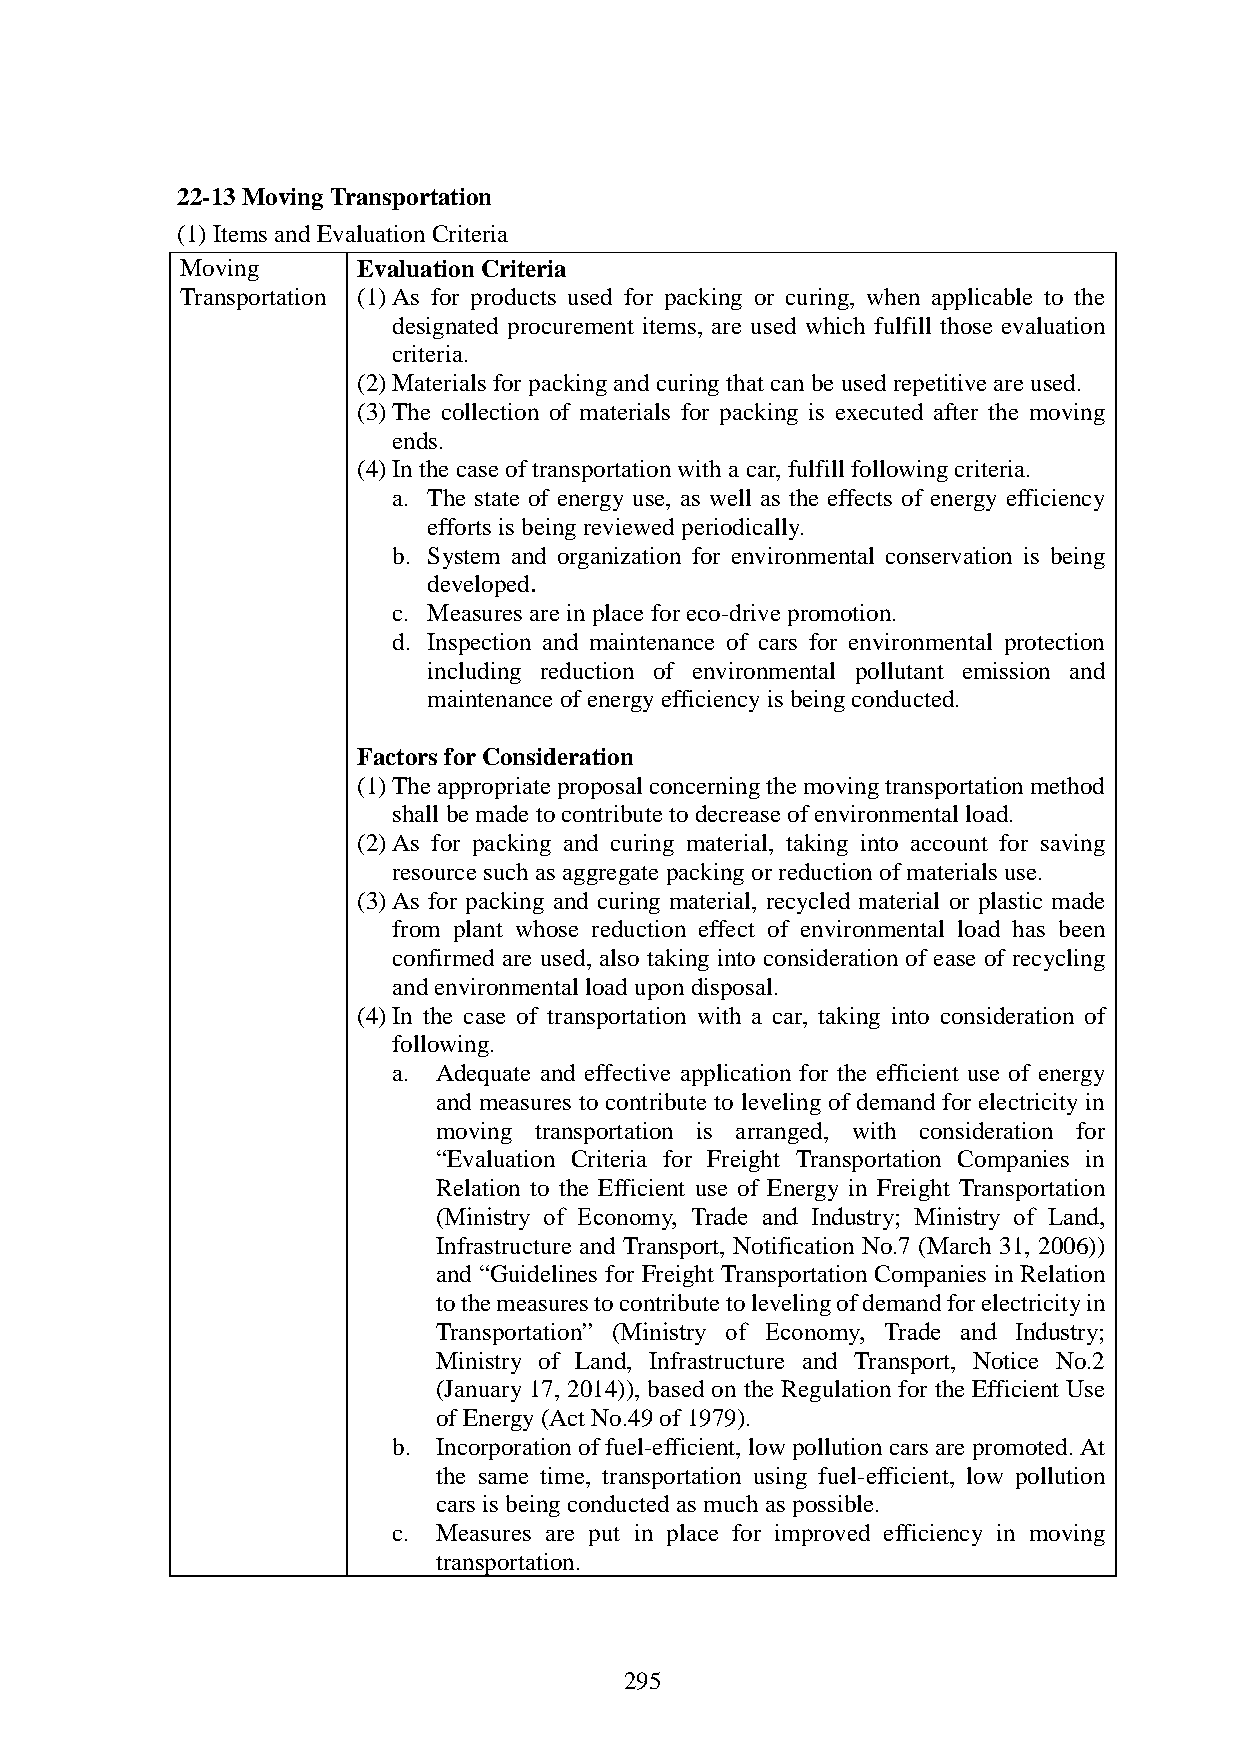
22-13 Moving Transportation
 (1) Items and Evaluation Criteria
 Moving      Evaluation Criteria
 Transportation (1) As for products used for packing or curing, when applicable to the
 designated procurement items, are used which fulfill those evaluation
 criteria.
 (2) Materials for packing and curing that can be used repetitive are used.
 (3) The collection of materials for packing is executed after the moving
 ends.
 (4) In the case of transportation with a car, fulfill following criteria.
 a. The state of energy use, as well as the effects of energy efficiency
 efforts is being reviewed periodically.
 b. System and organization for environmental conservation is being
 developed.
 c. Measures are in place for eco-drive promotion.
 d. Inspection and maintenance of cars for environmental protection
 including reduction of environmental pollutant emission and
 maintenance of energy efficiency is being conducted.
 Factors for Consideration
 (1) The appropriate proposal concerning the moving transportation method
 shall be made to contribute to decrease of environmental load.
 (2) As for packing and curing material, taking into account for saving
 resource such as aggregate packing or reduction of materials use.
 (3) As for packing and curing material, recycled material or plastic made
 from plant whose reduction effect of environmental load has been
 confirmed are used, also taking into consideration of ease of recycling
 and environmental load upon disposal.
 (4) In the case of transportation with a car, taking into consideration of
 following.
 a. Adequate and effective application for the efficient use of energy
 and measures to contribute to leveling of demand for electricity in
 moving transportation is arranged, with consideration for
 “Evaluation Criteria for Freight Transportation Companies in
 Relation to the Efficient use of Energy in Freight Transportation
 (Ministry of Economy, Trade and Industry; Ministry of Land,
 Infrastructure and Transport, Notification No.7 (March 31, 2006))
 and “Guidelines for Freight Transportation Companies in Relation
 to the measures to contribute to leveling of demand for electricity in
 Transportation” (Ministry of Economy, Trade and Industry;
 Ministry of Land, Infrastructure and Transport, Notice No.2
 (January 17, 2014)), based on the Regulation for the Efficient Use
 of Energy (Act No.49 of 1979).
 b. Incorporation of fuel-efficient, low pollution cars are promoted. At
 the same time, transportation using fuel-efficient, low pollution
 cars is being conducted as much as possible.
 c. Measures are put in place for improved efficiency in moving
 transportation.
 295